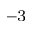
^ { - 3 }